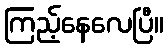
ကြည့်နေလေပြီ။